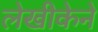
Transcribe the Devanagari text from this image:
लेखीकेने